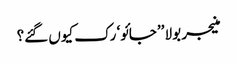
منیجر بولا ’’جائو‘ رک کیوں گئے؟